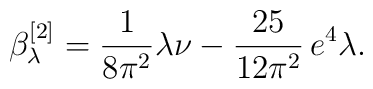
\beta_{\lambda}^{[2]}=\frac{1}{8\pi^2}\lambda\nu-\frac{25}{12\pi^2}\,e^4\lambda.